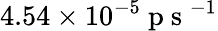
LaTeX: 4.54\times 10^{-5}\mathrm{~p~s~}^{-1}